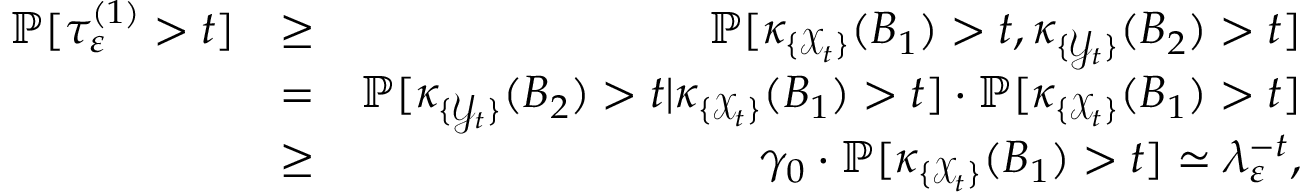
\begin{array} { r l r } { \mathbb { P } [ \tau _ { \varepsilon } ^ { ( 1 ) } > t ] } & { \ge } & { \mathbb { P } [ \kappa _ { \{ { \mathcal X } _ { t } \} } ( B _ { 1 } ) > t , \kappa _ { \{ { \mathcal Y } _ { t } \} } ( B _ { 2 } ) > t ] } \\ & { = } & { \mathbb { P } [ \kappa _ { \{ { \mathcal Y } _ { t } \} } ( B _ { 2 } ) > t | \kappa _ { \{ { \mathcal X } _ { t } \} } ( B _ { 1 } ) > t ] \cdot \mathbb { P } [ \kappa _ { \{ { \mathcal X } _ { t } \} } ( B _ { 1 } ) > t ] } \\ & { \ge } & { \gamma _ { 0 } \cdot \mathbb { P } [ \kappa _ { \{ { \mathcal X } _ { t } \} } ( B _ { 1 } ) > t ] \simeq \lambda _ { \varepsilon } ^ { - t } , } \end{array}